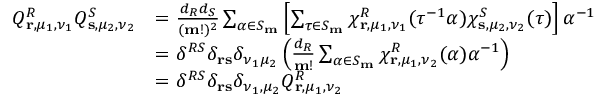
\begin{array} { r l } { Q _ { \mathbf { r } , \mu _ { 1 } , \nu _ { 1 } } ^ { R } Q _ { \mathbf { s } , \mu _ { 2 } , \nu _ { 2 } } ^ { S } } & { = \frac { d _ { R } d _ { S } } { ( \mathbf { m } ! ) ^ { 2 } } \sum _ { \alpha \in S _ { \mathbf { m } } } \left[ \sum _ { \tau \in S _ { \mathbf { m } } } \chi _ { \mathbf { r } , \mu _ { 1 } , \nu _ { 1 } } ^ { R } ( \tau ^ { - 1 } \alpha ) \chi _ { \mathbf { s } , \mu _ { 2 } , \nu _ { 2 } } ^ { S } ( \tau ) \right] \alpha ^ { - 1 } } \\ & { = \delta ^ { R S } \delta _ { \mathbf { r } \mathbf { s } } \delta _ { \nu _ { 1 } \mu _ { 2 } } \left( \frac { d _ { R } } { \mathbf { m ! } } \sum _ { \alpha \in S _ { \mathbf { m } } } \chi _ { \mathbf { r } , \mu _ { 1 } , \nu _ { 2 } } ^ { R } ( \alpha ) \alpha ^ { - 1 } \right) } \\ & { = \delta ^ { R S } \delta _ { \mathbf { r } \mathbf { s } } \delta _ { \nu _ { 1 } , \mu _ { 2 } } Q _ { \mathbf { r } , \mu _ { 1 } , \nu _ { 2 } } ^ { R } } \end{array}